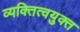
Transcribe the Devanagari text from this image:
व्यक्तित्वयुक्त